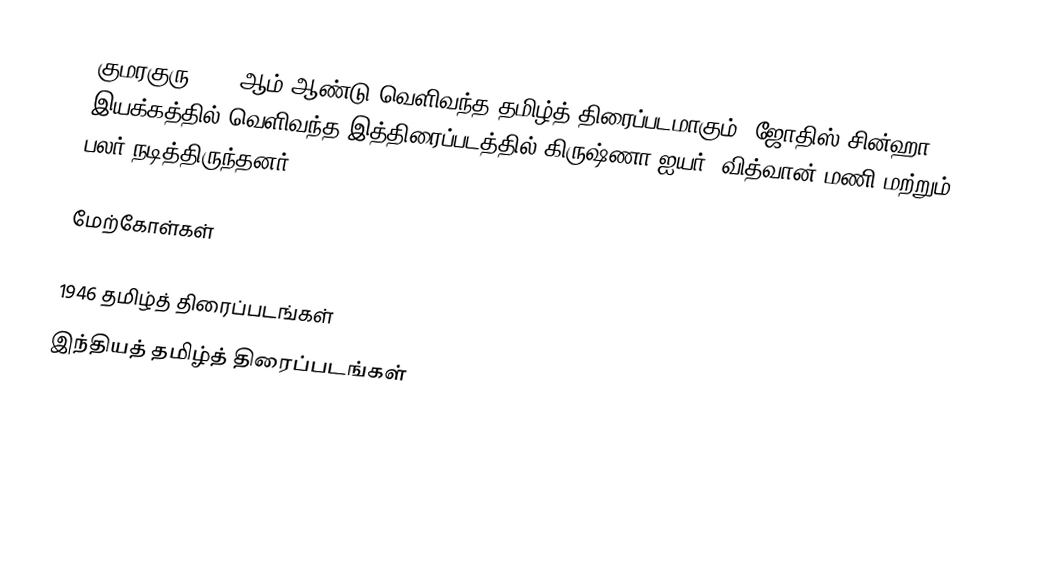
குமரகுரு 1946 ஆம் ஆண்டு வெளிவந்த தமிழ்த் திரைப்படமாகும். ஜோதிஸ் சின்ஹா இயக்கத்தில் வெளிவந்த இத்திரைப்படத்தில் கிருஷ்ணா ஐயர், வித்வான் மணி மற்றும் பலர் நடித்திருந்தனர்.

மேற்கோள்கள்

1946 தமிழ்த் திரைப்படங்கள்
இந்தியத் தமிழ்த் திரைப்படங்கள்